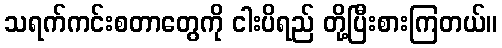
သရက်ကင်းစတာတွေကို ငါးပိရည် တို့ပြီးစားကြတယ်။